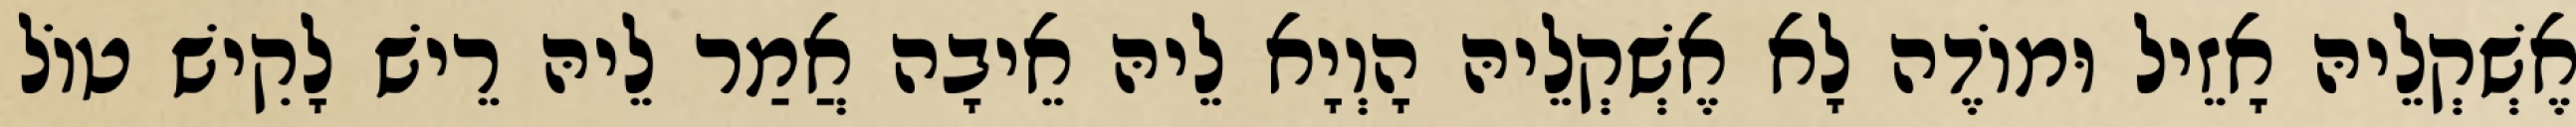
אֶשְׁקְלֵיהּ אָזֵיל וּמוֹדֶה לָא אֶשְׁקְלֵיהּ הָוְיָא לֵיהּ אֵיבָה אֲמַר לֵיהּ רֵישׁ לָקִישׁ טוֹל